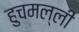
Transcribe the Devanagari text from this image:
हुचमल्ली